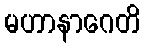
မဟာနာဂေတိ